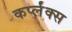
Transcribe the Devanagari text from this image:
कर्प्लंक्स